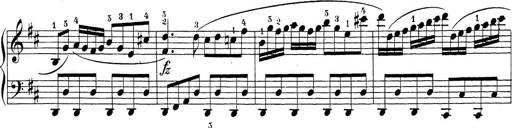
Title: Sonatina Album
Composer: Louis KÃ¶hler